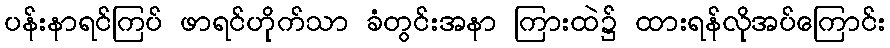
ပန်းနာရင်ကြပ် ဖာရင်ဟိုက်သာ ခံတွင်းအနာ ကြားထဲ၌ ထားရန်လိုအပ်ကြောင်း